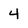
Character: 4